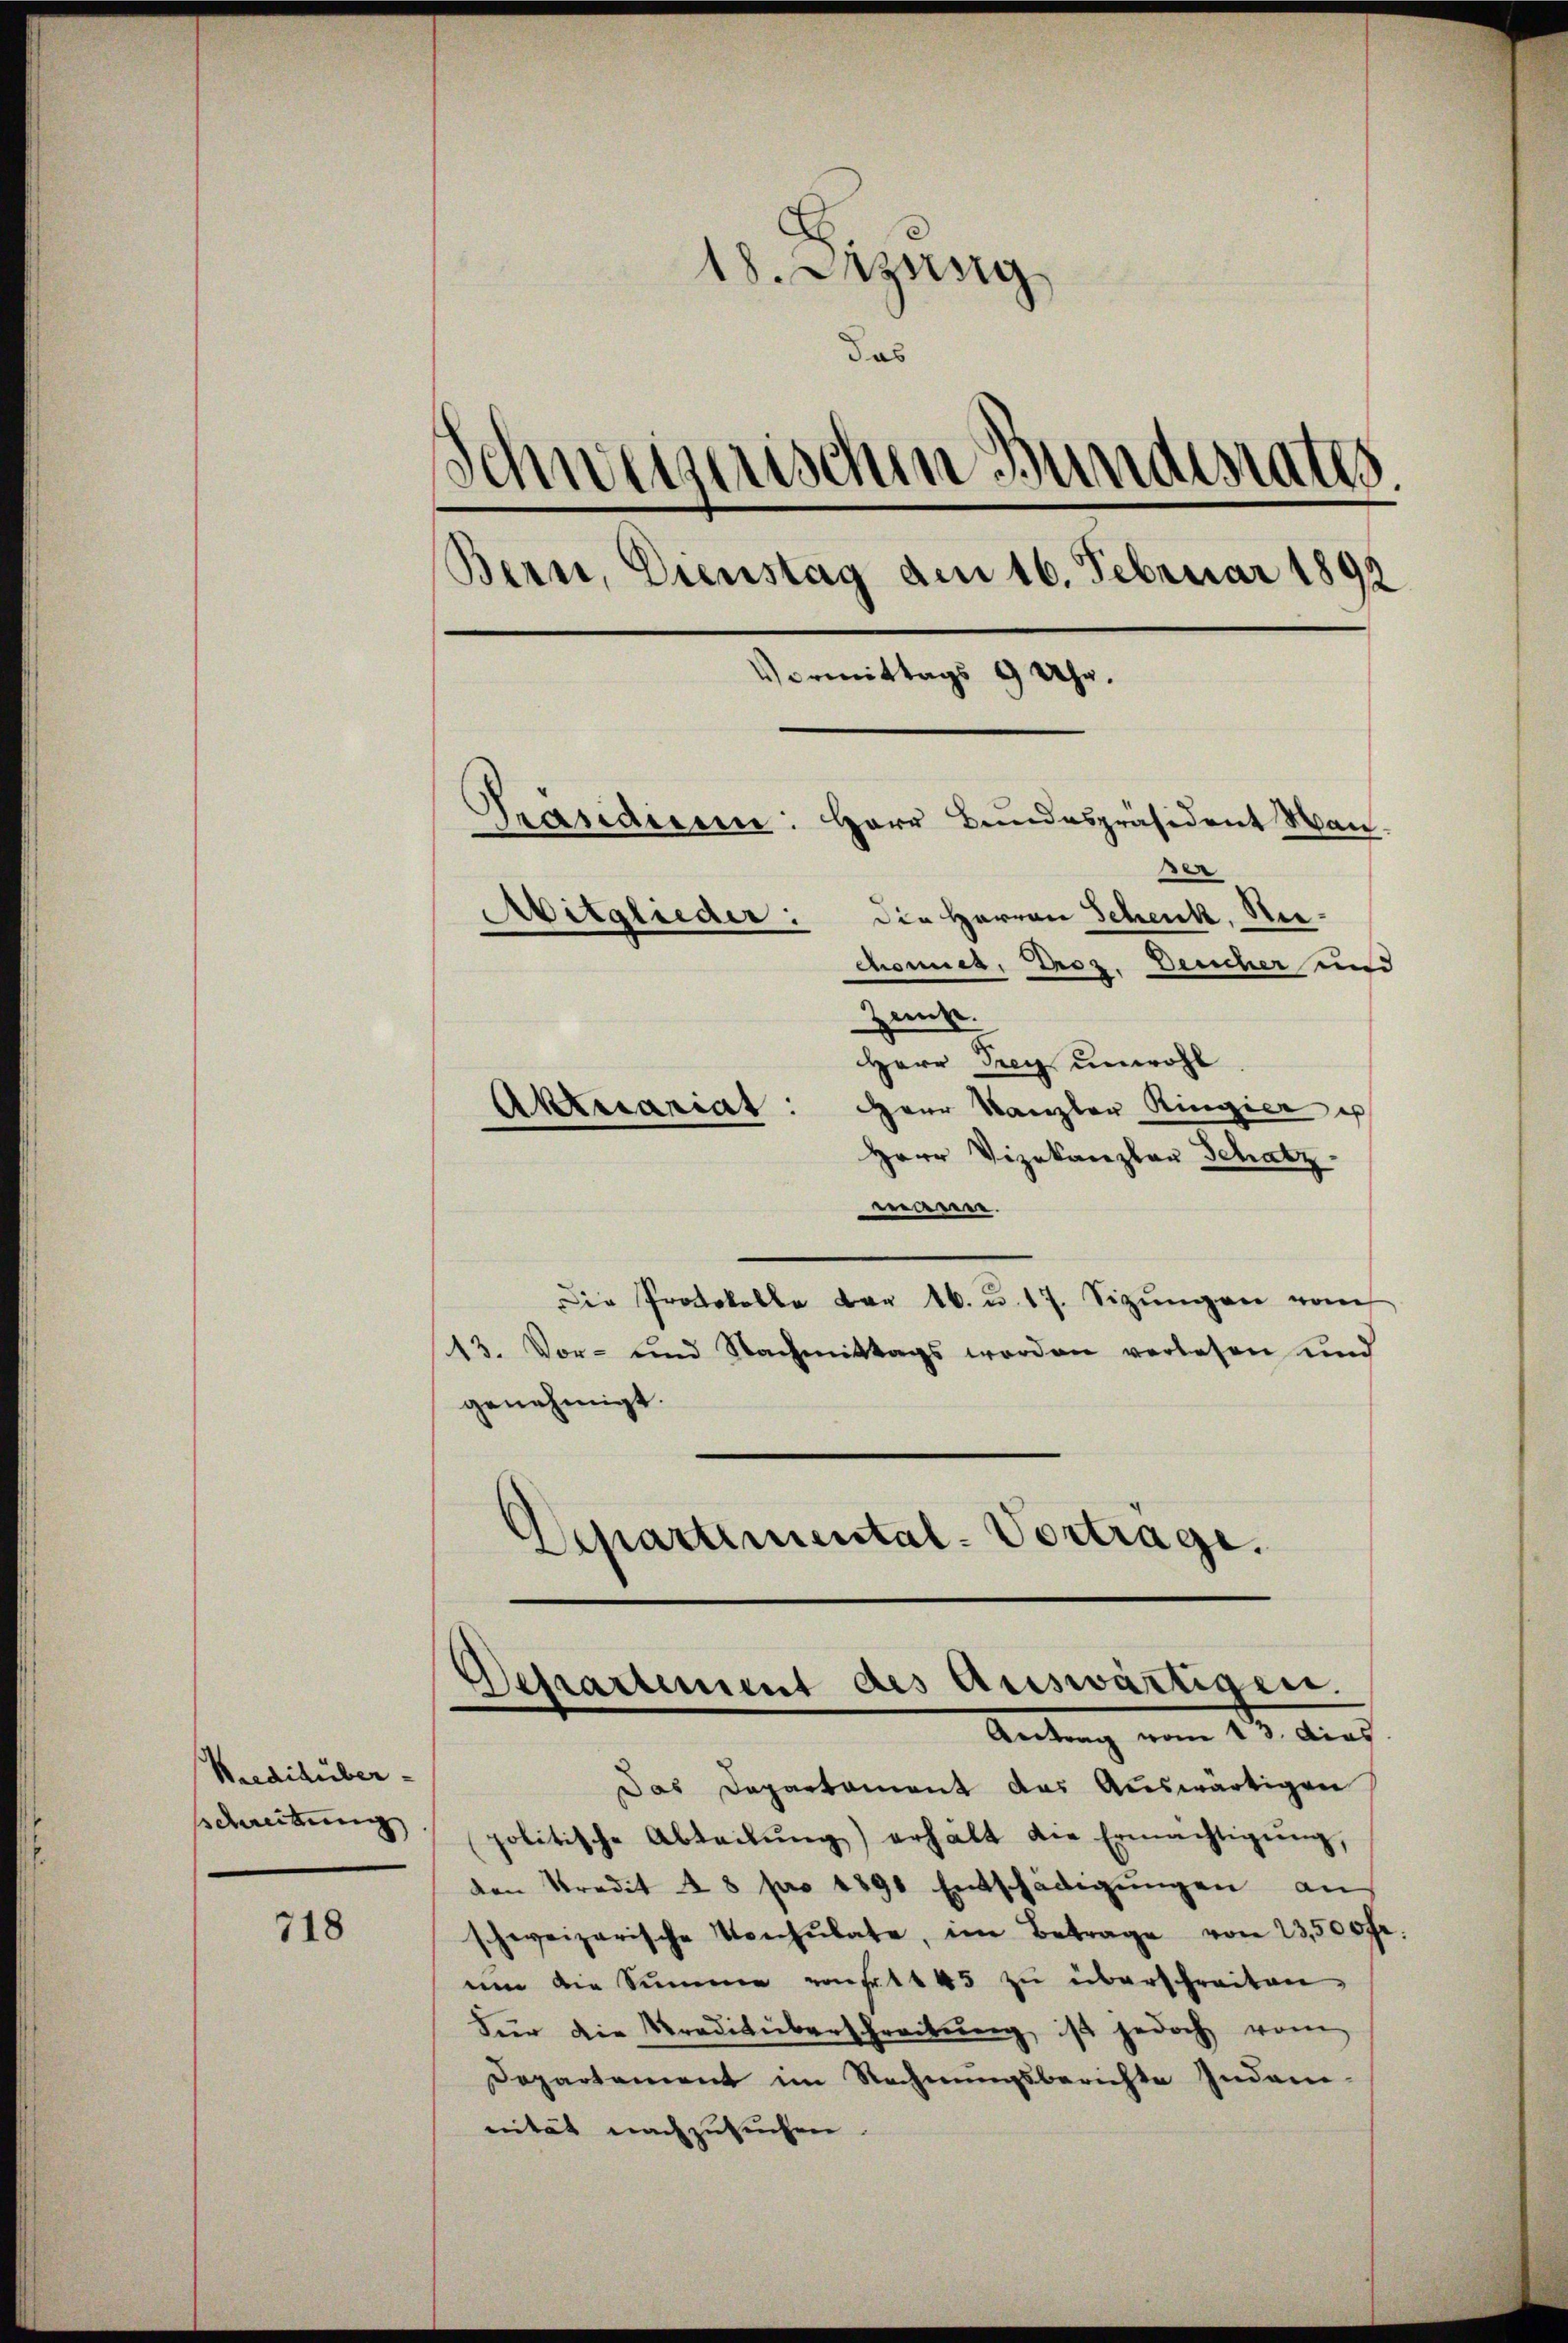
Kredihüber-
sschreitung

718

18. Dizung
das
Schweizerischen Bundesrates.
Bern, Dienstag am 16. Februar 1892
Vormittags 9 Uhr.
Prandien:
Herr Bundespräsident Man
en
Mitglieder: die Herren Schenk, Rechonnes, Droz. Deucher und
Zimt.

Aktuariat

Herr Frey unwohl.
Herr Kanzler Ringier es
Herr Vizekanzlau Schatz
mann.
Die Protokolle der 16. u. 17. Sizŭngen vom
13. Vor- und Nachmittags worden verlesen und
genehmigt.
Separtimental-Vortrage.

Departement des Auswärtigen.
Ketung vom 17. auch

Das Departament das Auswärtigen
politische Abteilŭng erhält die Ermächtigŭng,
den Predit 48 pro 1891 Entschädigŭngen an
schweizerische Konsulate, im Betrage von 23,500 fr.
ŭm die Summe von 1145 zŭ überschreiten.
Für die Traditüberschreitung ist jedoch vom
Departement im Rechnŭngsberichte Indam-
nität nachzusuchen.